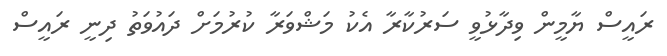
ރައީސް ޔާމީން ވިދާޅުވީ ސަރުކާރާ އެކު މަޝްވަރާ ކުރުމަށް ދައުވަތު ދިނީ ރައީސް